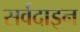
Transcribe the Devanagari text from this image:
सर्वदाइन